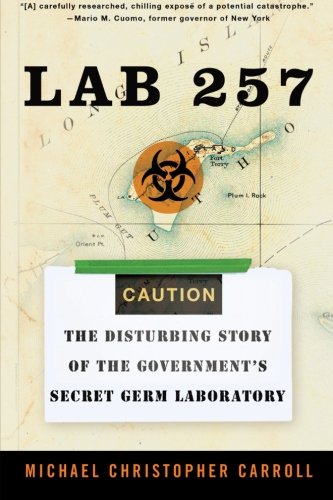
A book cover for Lab 257: The Disturbing Story of the Government's Secret Germ Laboratory; Michael C. Carroll; Medical Books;